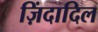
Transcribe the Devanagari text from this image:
ज़िंदादिल